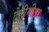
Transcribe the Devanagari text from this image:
टेलीमीटर